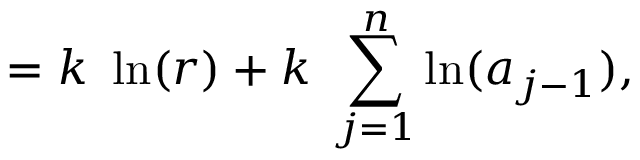
= k \ \ln ( r ) + k \ \sum _ { j = 1 } ^ { n } \ln ( a _ { j - 1 } ) ,